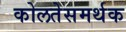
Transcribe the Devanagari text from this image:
कोलतेसमर्थक